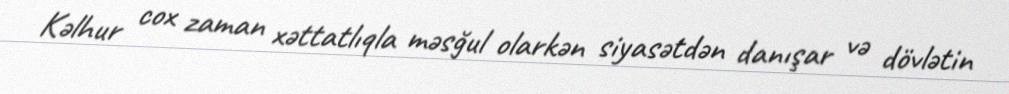
Kəlhur cox zaman xəttatlıqla məsğul olarkən siyasətdən danışar və dövlətin